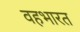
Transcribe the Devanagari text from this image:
वहभारत